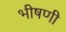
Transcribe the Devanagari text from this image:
भीषणी